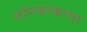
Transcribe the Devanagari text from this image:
जॉनकाकाचा